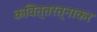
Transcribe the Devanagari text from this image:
कवित्तरत्नाकर